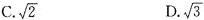
C.\sqrt{2} D.\sqrt{3}